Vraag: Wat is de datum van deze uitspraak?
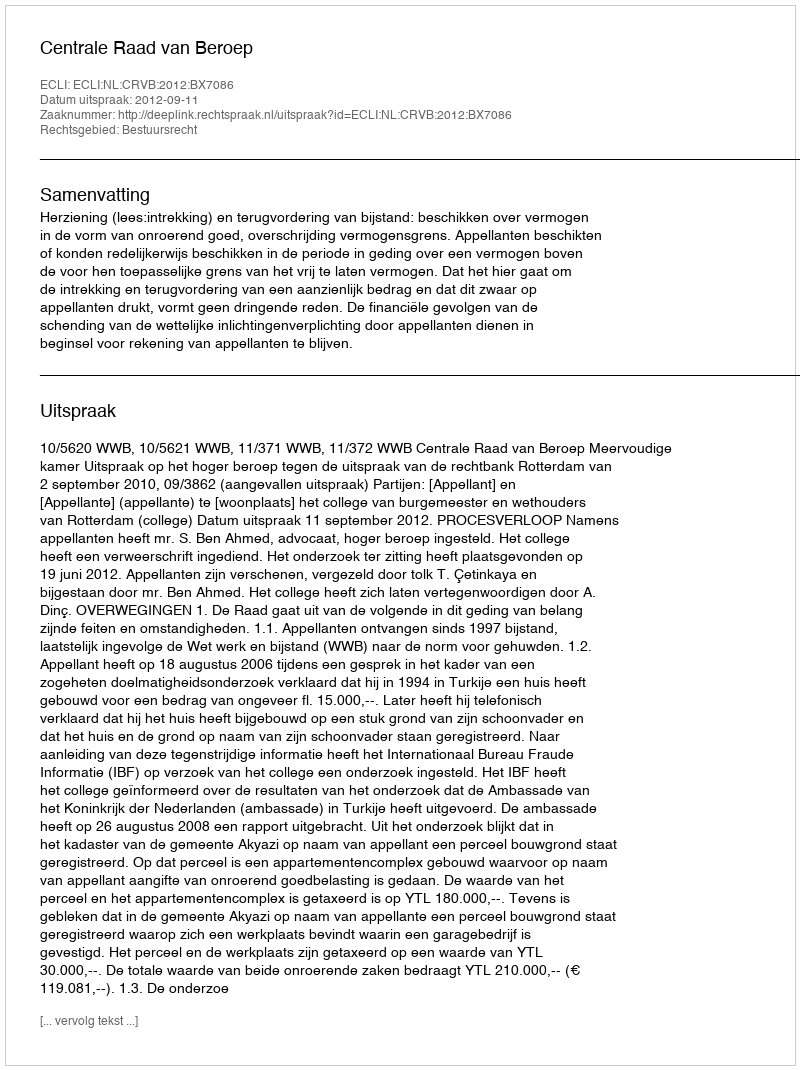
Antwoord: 2012-09-11